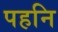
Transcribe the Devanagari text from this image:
पहनि